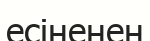
есіненен